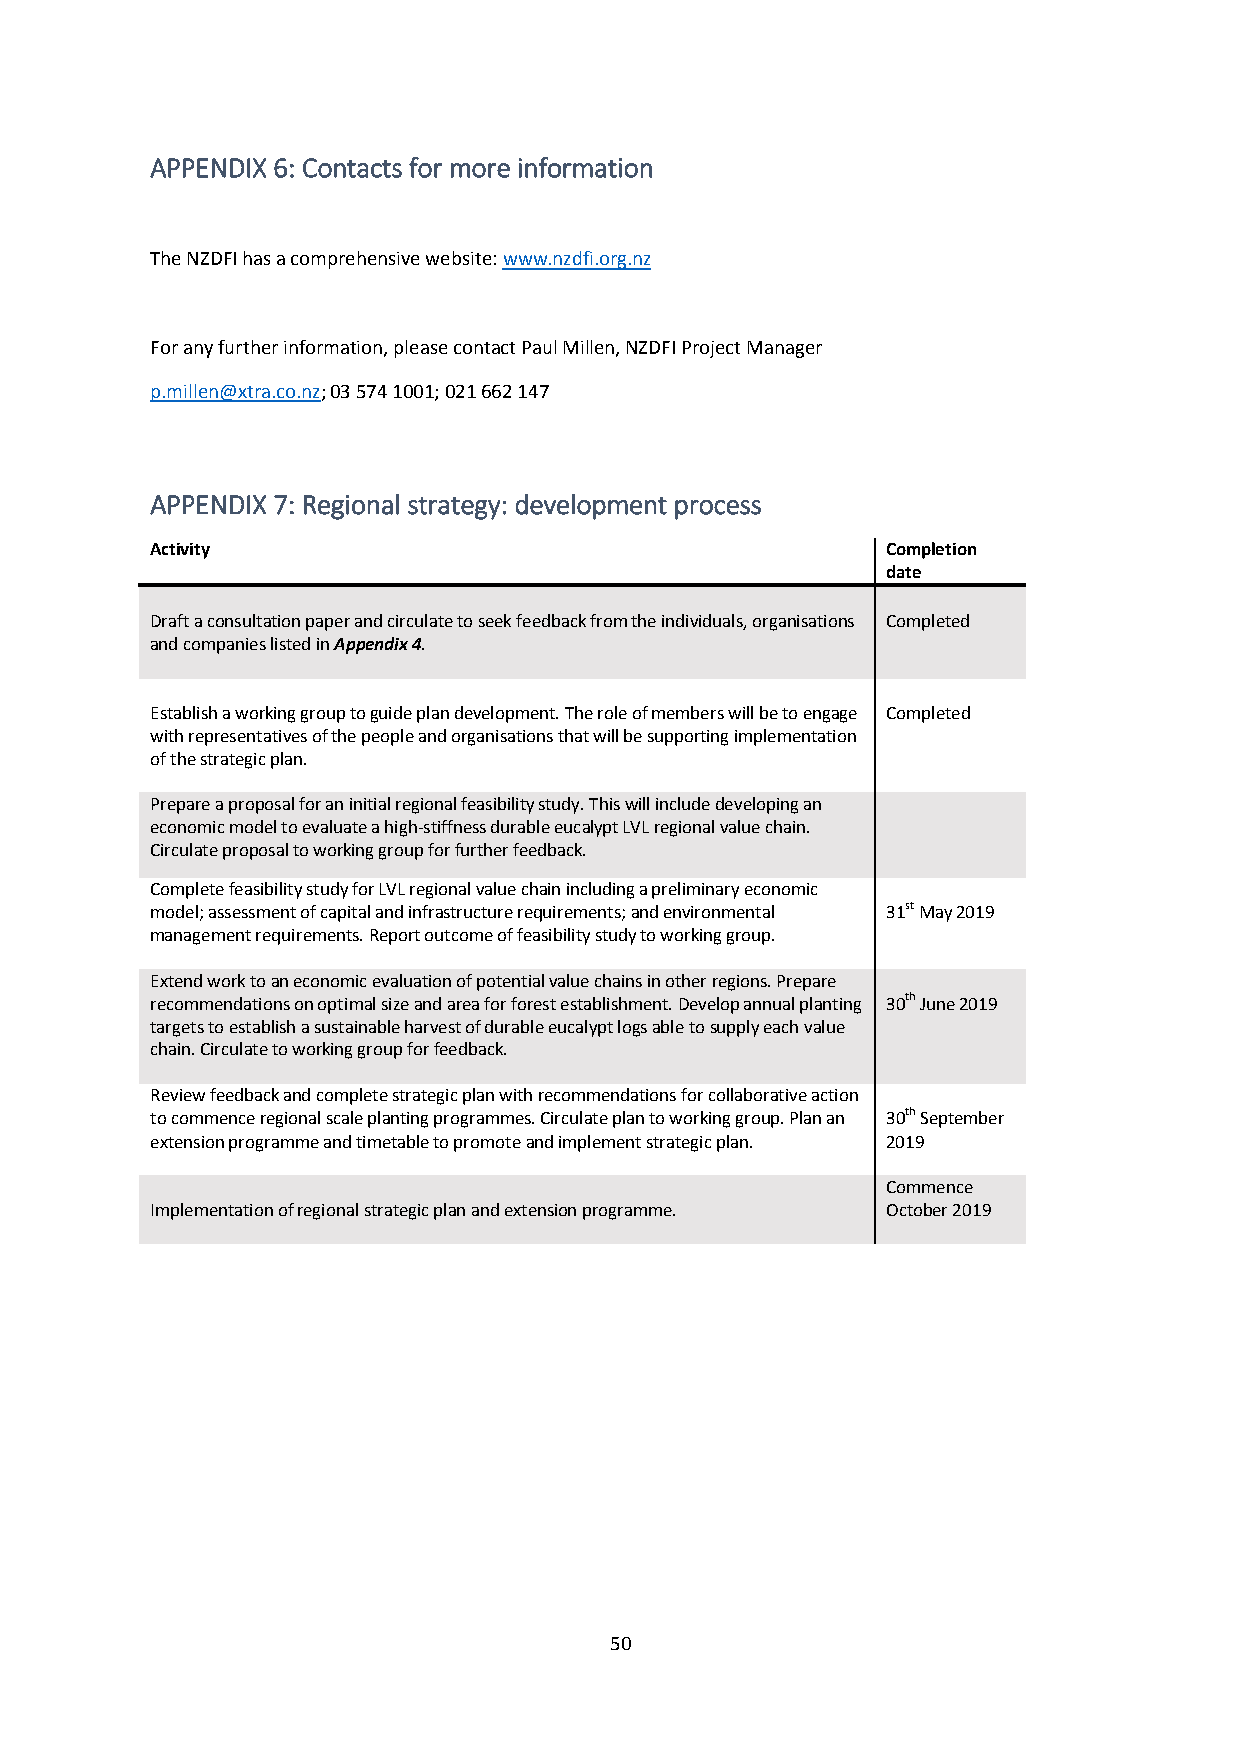
APPENDIX 6: Contacts for more information
 The NZDFI has a comprehensive website: www.nzdfi.org.nz
 For any further information, please contact Paul Millen, NZDFI Project Manager
 p.millen@xtra.co.nz; 03 574 1001; 021 662 147
 APPENDIX 7: Regional strategy: development process
 Activity                                         Completion
 date
 Draft a consultation paper and circulate to seek feedback from the individuals, organisations Completed
 and companies listed in Appendix 4.
 Establish a working group to guide plan development. The role of members will be to engage Completed
 with representatives of the people and organisations that will be supporting implementation
 of the strategic plan.
 Prepare a proposal for an initial regional feasibility study. This will include developing an
 economic model to evaluate a high-stiffness durable eucalypt LVL regional value chain.
 Circulate proposal to working group for further feedback.
 Complete feasibility study for LVL regional value chain including a preliminary economic
 model; assessment of capital and infrastructure requirements; and environmental 31st May 2019
 management requirements. Report outcome of feasibility study to working group.
 Extend work to an economic evaluation of potential value chains in other regions. Prepare
 recommendations on optimal size and area for forest establishment. Develop annual planting 30th June 2019
 targets to establish a sustainable harvest of durable eucalypt logs able to supply each value
 chain. Circulate to working group for feedback.
 Review feedback and complete strategic plan with recommendations for collaborative action
 to commence regional scale planting programmes. Circulate plan to working group. Plan an 30th September
 extension programme and timetable to promote and implement strategic plan. 2019
 Commence
 Implementation of regional strategic plan and extension programme. October 2019
 50